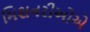
મિશનરીઓએ